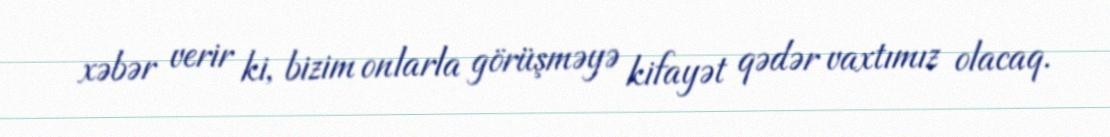
xəbər verir ki, bizim onlarla görüşməyə kifayət qədər vaxtımız olacaq.